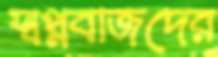
স্বপ্নবাজদের